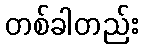
တစ်ခါတည်း